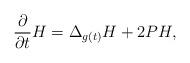
LaTeX: \begin{align*} \frac{\partial}{\partial t}H=\Delta_{g(t)} H+2PH, \end{align*}